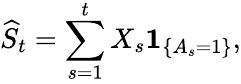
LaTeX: \widehat{S}_{t}=\sum_{s=1}^{t}X_{s}\mathbf{1}_{\{ A_{s}=1\} },